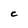
Character: c